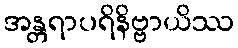
အန္တရာပရိနိဗ္ဗာယိဿ